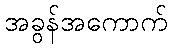
အခွန်အကောက်